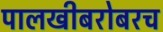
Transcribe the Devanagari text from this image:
पालखीबरोबरच